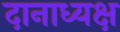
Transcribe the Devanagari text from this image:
दानाध्यक्ष